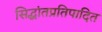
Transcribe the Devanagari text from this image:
सिद्धांतप्रतिपादित